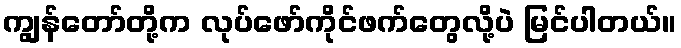
ကျွန်တော်တို့က လုပ်ဖော်ကိုင်ဖက်တွေလို့ပဲ မြင်ပါတယ်။